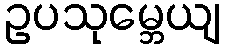
ဥပသုမ္ဘေယျ